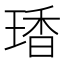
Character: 𤧘